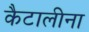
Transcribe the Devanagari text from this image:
कैटालीना